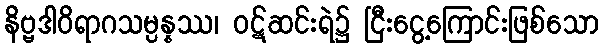
နိဗ္ဗဒါဝိရာဂသမ္ပန္နဿ၊ ဝဋ်ဆင်းရဲ၌ ငြီးငွေ့ကြောင်းဖြစ်သော